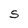
Character: S